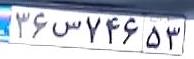
۳۶س۷۴۶۵۳